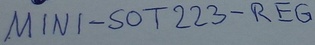
Text: MINI-SOT223-REG